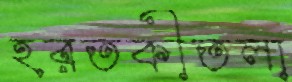
হরতকীতলা